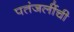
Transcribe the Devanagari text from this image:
पतंजलींची